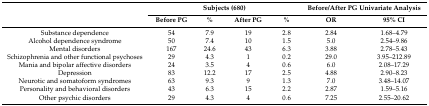
<table><thead><tr><td rowspan="2"></td><td colspan="4"><b>Subjects (680)</b></td><td colspan="2"><b>Before/After PG Univariate Analysis</b></td></tr><tr><td><b>Before PG</b></td><td><b>%</b></td><td><b>After PG</b></td><td><b>%</b></td><td><b>OR</b></td><td><b>95% CI</b></td></tr></thead><tbody><tr><td>Substance dependence</td><td>54</td><td>7.9</td><td>19</td><td>2.8</td><td>2.84</td><td>1.68–4.79</td></tr><tr><td>Alcohol dependence syndrome</td><td>50</td><td>7.4</td><td>10</td><td>1.5</td><td>5.0</td><td>2.54–9.86</td></tr><tr><td>Mental disorders</td><td>167</td><td>24.6</td><td>43</td><td>6.3</td><td>3.88</td><td>2.78–5.43</td></tr><tr><td>Schizophrenia and other functional psychoses</td><td>29</td><td>4.3</td><td>1</td><td>0.2</td><td>29.0</td><td>3.95–212.89</td></tr><tr><td>Mania and bipolar affective disorders</td><td>24</td><td>3.5</td><td>4</td><td>0.6</td><td>6.0</td><td>2.08–17.29</td></tr><tr><td>Depression</td><td>83</td><td>12.2</td><td>17</td><td>2.5</td><td>4.88</td><td>2.90–8.23</td></tr><tr><td>Neurotic and somatoform syndromes</td><td>63</td><td>9.3</td><td>9</td><td>1.3</td><td>7.0</td><td>3.48–14.07</td></tr><tr><td>Personality and behavioral disorders</td><td>43</td><td>6.3</td><td>15</td><td>2.2</td><td>2.87</td><td>1.59–5.16</td></tr><tr><td>Other psychic disorders</td><td>29</td><td>4.3</td><td>4</td><td>0.6</td><td>7.25</td><td>2.55–20.62</td></tr></tbody></table>